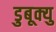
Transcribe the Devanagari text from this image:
डुबूक्यु